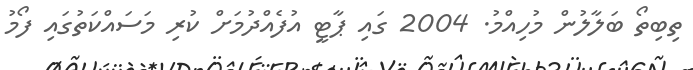
ތިބިތޯ ބަލާލުން މުހިއްމު. 2004 ގައި ޕާޓީ އުފެއްދުމަށް ކުރި މަސައްކަތުގައި ފޯމު